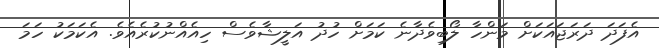
އެފަދަ ދަރަޖައަކަށް މަންހާ ލޯބިވެދާނެ ކަމަށް ހުދު އަލީޝާވެސް ހިއެއްނުކުރެއެވެ. އެކަމަކު ހަމަ